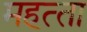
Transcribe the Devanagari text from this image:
महत्‍ता